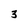
Character: 3